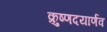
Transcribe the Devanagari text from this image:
क्रुष्णदयार्णव